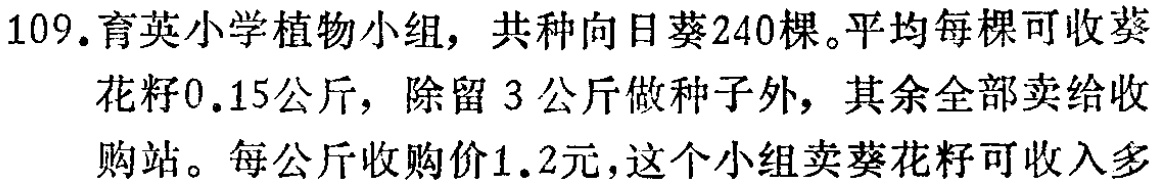
109.育英小学植物小组，共种向日葵240棵。平均每棵可收葵花籽0.15公斤，除留3公斤做种子外，其余全部卖给收购站。每公斤收购价1.2元，这个小组卖葵花籽可收入多